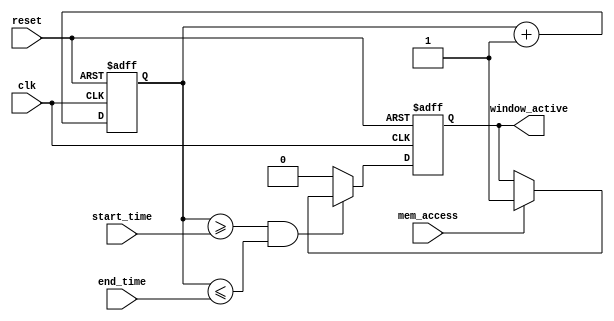
module MemoryBlocksTimeWindowDetector #(
    parameter TIME_WIDTH = 8,  // Width of the time counter
    parameter WINDOW_WIDTH = 8  // Width for start and end time
)(
    input wire clk,                // Clock signal
    input wire reset,              // Asynchronous reset signal
    input wire mem_access,         // Memory access signal (read/write)
    input wire [WINDOW_WIDTH-1:0] start_time, // Start time of the window
    input wire [WINDOW_WIDTH-1:0] end_time,   // End time of the window
    output reg window_active       // Output signal indicating access within the time window
);

    // Time counter
    reg [TIME_WIDTH-1:0] time_counter;

    // State for window detection
    always @(posedge clk or posedge reset) begin
        if (reset) begin
            time_counter <= 0;
            window_active <= 0;
        end else begin
            // Increment time counter
            time_counter <= time_counter + 1;

            // Check if the current time is within the defined window
            if (time_counter >= start_time && time_counter <= end_time) begin
                if (mem_access) begin
                    window_active <= 1; // Assert output if access is detected within the window
                end
            end else begin
                window_active <= 0; // Deassert output if outside the window
            end
        end
    end

endmodule